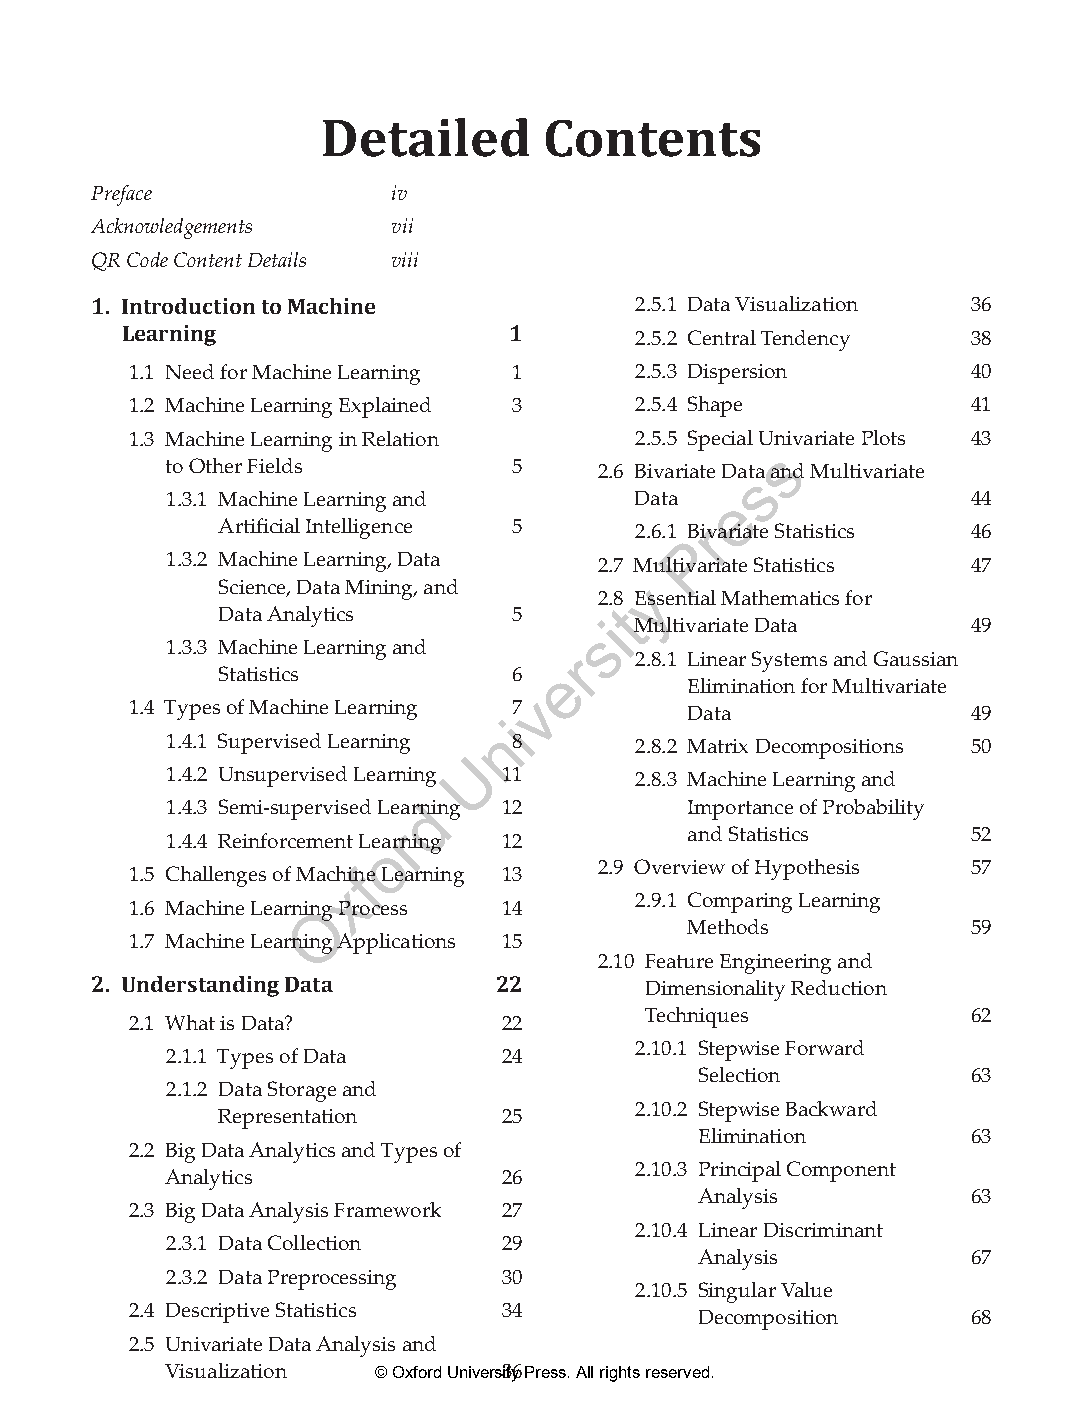
Detailed       Contents
 Preface             iv
 Acknowledgements    vii
 QR Code Content Details viii
 1. IntroductiontoMachine        2.5.1 Data Visualization 36
 Learning                  1       2.5.2 Central Tendency 38
 1.1 Need for Machine Learning 1  2.5.3 Dispersion      40
 1.2 Machine Learning Explained 3 2.5.4 Shape           41
 1.3 Machine Learning in Relation 2.5.5 Special Univariate Plots 43
 s
 to Other Fields        5     2.6 Bivariate Dasta and Multivariate
 1.3.1 Machine Learning and     Data  e               44
 Artificial Intelligence 5  2.6.1 Br ivariate Statistics 46
 P
 1.3.2 Machine Learning, Data 2.7 Multivariate Statistics 47
 Science, Data Mining, and  y
 2.8 Essential Mathematics for
 Data Analytics     5      t
 siMultivariate Data      49
 1.3.3 Machine Learning and
 r   2.8.1 Linear Systems and Gaussian
 Statistics         6  e
 Elimination for Multivariate
 v
 1.4 Types of Machine Learning 7      Data              49
 i
 n
 1.4.1 Supervised Learning 8    2.8.2 Matrix Decompositions 50
 U
 1.4.2 Unsupervised Learning 11 2.8.3 Machine Learning and
 1.4.3 Semi-supervised Leardning 12 Importance of Probability
 r                   and Statistics    52
 1.4.4 Reinforcement Leoarning 12
 1.5 Challenges of Machifne Learning 13 2.9 Overview of Hypothesis 57
 x
 2.9.1 Comparing Learning
 1.6 Machine LearninOg Process 14
 Methods           59
 1.7 Machine Learning Applications 15
 2.10 Feature Engineering and
 2. UnderstandingData     22        Dimensionality Reduction
 Techniques           62
 2.1 What is Data?       22
 2.10.1 Stepwise Forward
 2.1.1 Types of Data   24
 Selection         63
 2.1.2 Data Storage and
 2.10.2 Stepwise Backward
 Representation    25
 Elimination       63
 2.2 Big Data Analytics and Types of
 2.10.3 Principal Component
 Analytics             26
 Analysis          63
 2.3 Big Data Analysis Framework 27
 2.10.4 Linear Discriminant
 2.3.1 Data Collection 29
 Analysis          67
 2.3.2 Data Preprocessing 30
 2.10.5 Singular Value
 2.4 Descriptive Statistics 34
 Decomposition     68
 2.5 Univariate Data Analysis and
 Visualization © Oxford Univers3ity6 Press. All rights reserved.
 ML_FM.indd 10                                                 27-Mar-21 8:45:05 AM